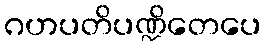
ဂဟပတိပဏ္ဍိတေပေ